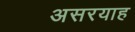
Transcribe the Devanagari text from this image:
असरयाह